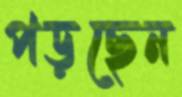
পড়ছেন